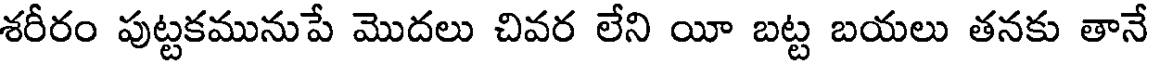
శరీరం పుట్టకమునుపే మొదలు చివర లేని యీ బట్ట బయలు తనకు తానే